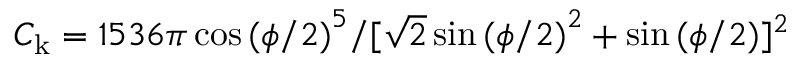
C _ { \mathrm { k } } = 1 5 3 6 \pi \cos { ( \phi / 2 ) } ^ { 5 } / [ \sqrt { 2 } \sin { ( \phi / 2 ) } ^ { 2 } + \sin { ( \phi / 2 ) } ] ^ { 2 }